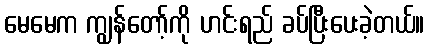
မေမေက ကျွန်တော့်ကို ဟင်းရည် ခပ်ပြီးပေးခဲ့တယ်။